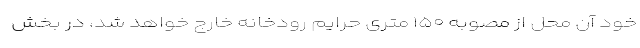
خود آن محل از مصوبه ۱۵۰ متری حرایم رودخانه خارج خواهد شد، در بخش